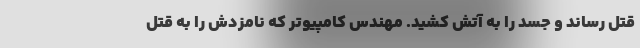
قتل رساند و جسد را به آتش کشید. مهندس کامپیوتر که نامزدش را به قتل